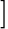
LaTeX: ]